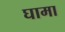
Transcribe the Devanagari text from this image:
घामा